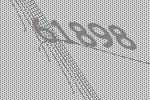
61898